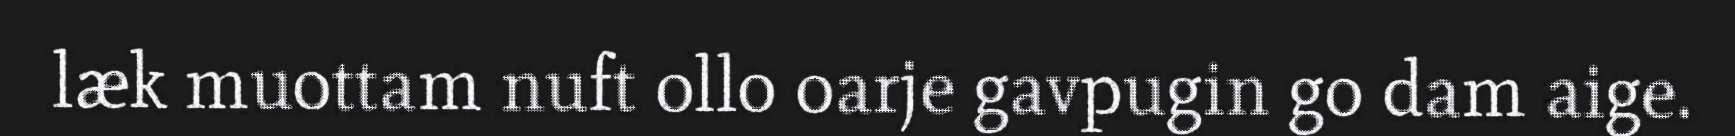
læk muottam nuft ollo oarje gavpugin go dam aige.